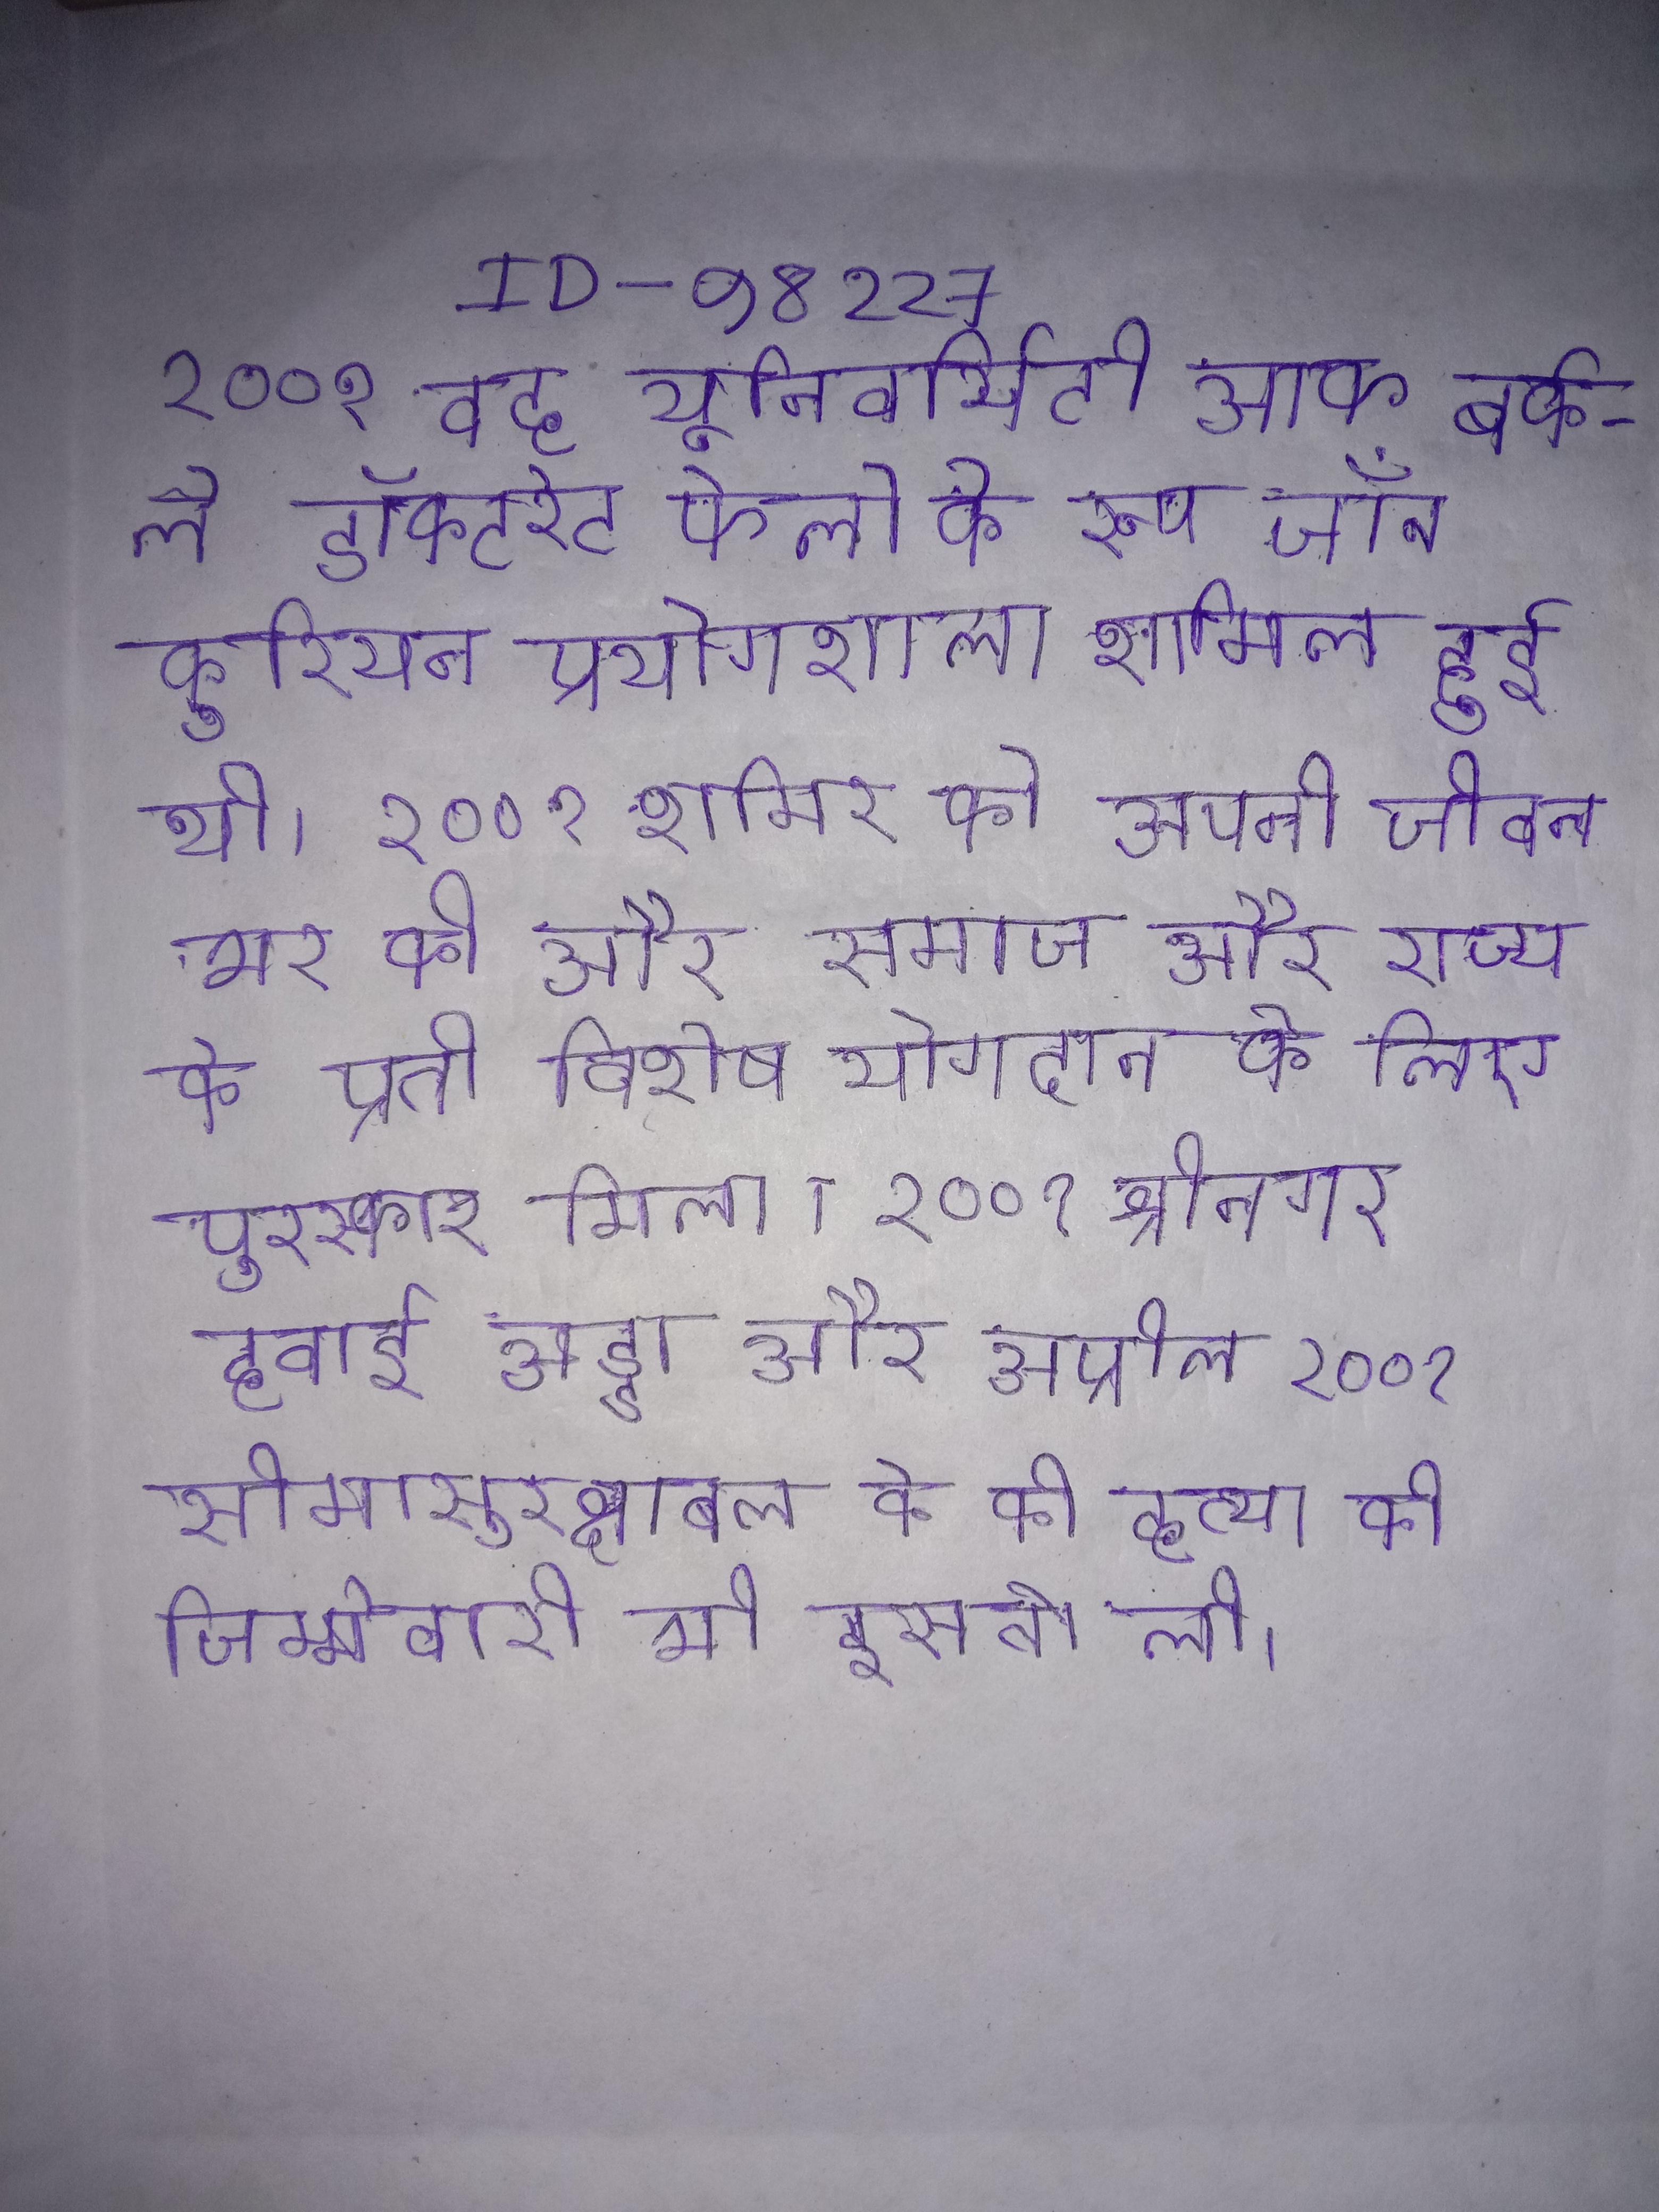
२००१ वह यूनिवर्सिटी ऑफ बर्कले डॉक्टरेट फेलो के रूप जॉन कुरियन प्रयोगशाला शामिल हुई थी । २००१ शमिर को अपनी जीवन भर की और समाज और राज्य के प्रती विशेष योगदान के लिए पुरस्कार मिला । २००१ श्रीनगर हवाई अड्डा और अप्रील २००१ सीमासुरक्षाबल के की हत्या की जिम्मेवारी भी इसने ली ।